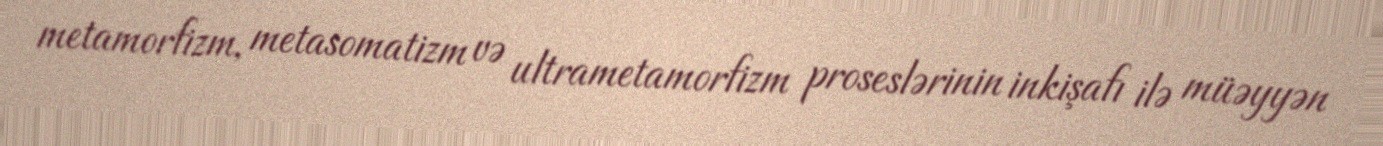
metamorfizm, metasomatizm və ultrametamorfizm proseslərinin inkişafı ilə müəyyən